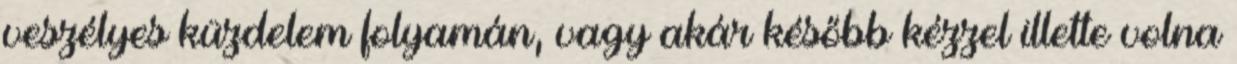
veszélyes küzdelem folyamán, vagy akár később kézzel illette volna